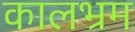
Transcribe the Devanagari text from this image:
कालभ्रम